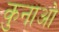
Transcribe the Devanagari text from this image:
कुनाओ